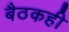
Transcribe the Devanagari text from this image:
बैठकही